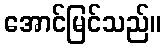
အောင်မြင်သည်။